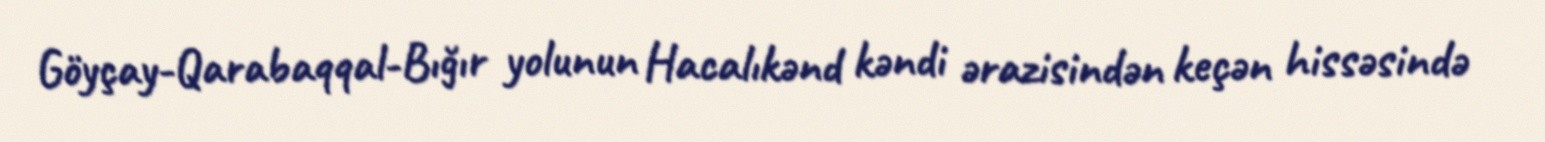
Göyçay-Qarabaqqal-Bığır yolunun Hacalıkənd kəndi ərazisindən keçən hissəsində